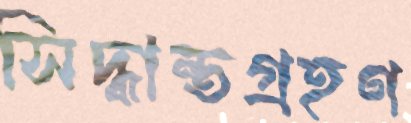
সিদ্ধান্তগ্রহণ